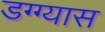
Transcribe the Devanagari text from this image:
डग्ग्यास